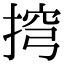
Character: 𢮍